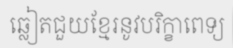
ឆ្លៀតជួយខ្មែរនូវបរិក្ខាពេទ្យ